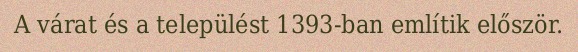
A várat és a települést 1393-ban említik először.